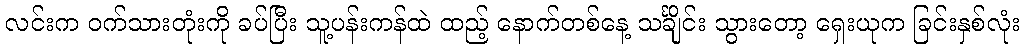
လင်းက ဝက်သားတုံးကို ခပ်ပြီး သူ့ပန်းကန်ထဲ ထည့် နောက်တစ်နေ့ သင်္ချိုင်း သွားတော့ ရှေးယုက ခြင်းနှစ်လုံး